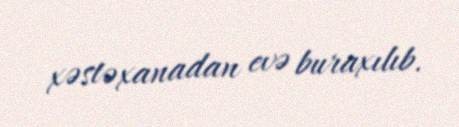
xəstəxanadan evə buraxılıb.